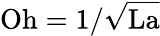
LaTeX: \mathrm{Oh}=1/{\sqrt{\mathrm{La}}}